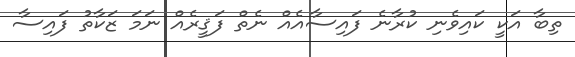
ތިބާ އަކީ ކައިވެނި ކުރާނެ ފައިސާއެއް ނެތް ފަޤީރެއް ނަމަ ޒަކާތު ފައިސާ